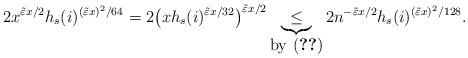
LaTeX: \begin{align*} 2x^{ \tilde \varepsilon x/ 2}h_s(i)^{(\tilde\varepsilon x)^2/64}=2 \big( x h_s(i)^{ \tilde \varepsilon x / 32 } \big)^{ \tilde \varepsilon x /2 } \underbrace{\le}_{\mbox{by \eqref{eq: Probhx0}}} 2 n^{- \tilde \varepsilon x / 2} h_s(i)^{ ( \tilde \varepsilon x )^2 /128 }.\end{align*}